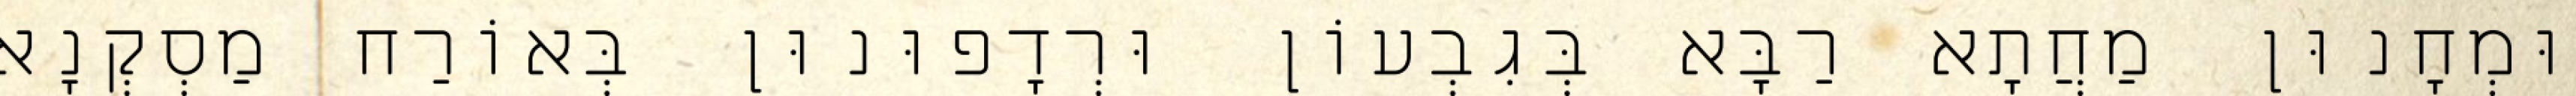
וּמְחָנוּן מַחֲתָא רַבָּא בְּגִבְעוֹן וּרְדָפוּנוּן בְּאוֹרַח מַסְקְנָא